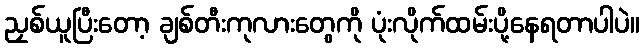
ညှစ်ယူပြီးတော့ ချစ်တီးကုလားတွေကို ပုံးလိုက်ထမ်းပို့နေရတာပါပဲ။